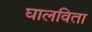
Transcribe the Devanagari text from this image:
घालविता